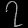
Digit: ၇